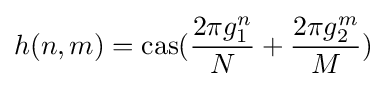
h(n,m)={\rm {cas}}({\frac {2\pi g_{1}^{n}}{N}}+{\frac {2\pi g_{2}^{m}}{M}})